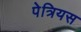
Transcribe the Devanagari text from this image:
पेत्रियस